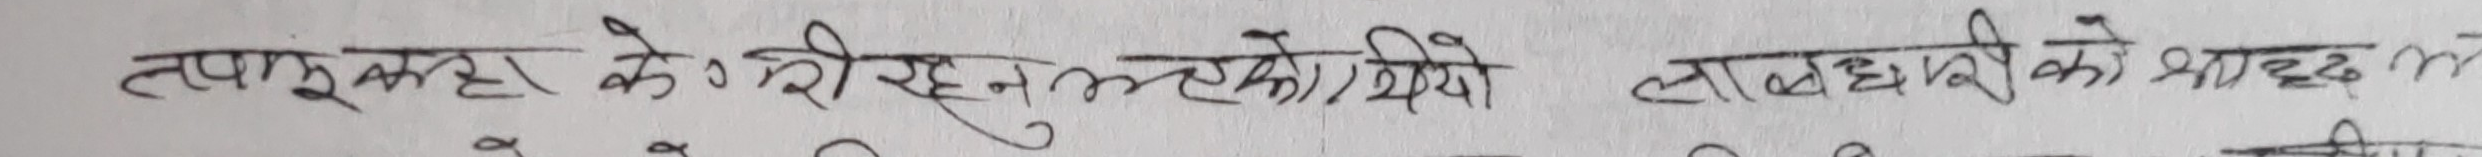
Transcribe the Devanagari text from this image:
तपासुल्का केरी रहनु भएकोले लाभांशदारीको भाउद्ध